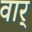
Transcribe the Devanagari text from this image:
वार्